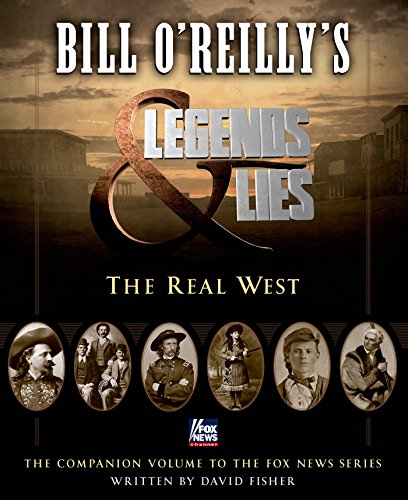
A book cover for Bill O'Reilly's Legends and Lies: The Real West; David Fisher; History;